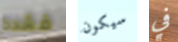
فقده سيكون في